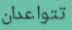
تتواعدان